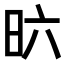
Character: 𣅶